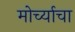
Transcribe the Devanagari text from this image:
मोर्च्याचा